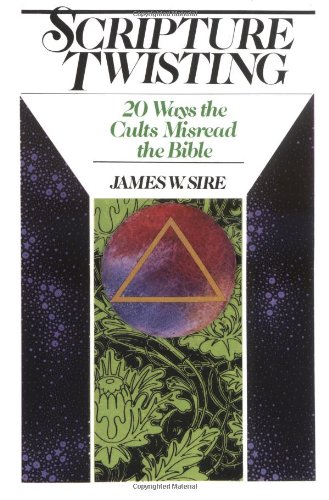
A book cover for Scripture Twisting: 20 Ways the Cults Misread the Bible; James W. Sire; Religion & Spirituality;